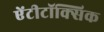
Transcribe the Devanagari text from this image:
ऐंटीटॉक्सिक